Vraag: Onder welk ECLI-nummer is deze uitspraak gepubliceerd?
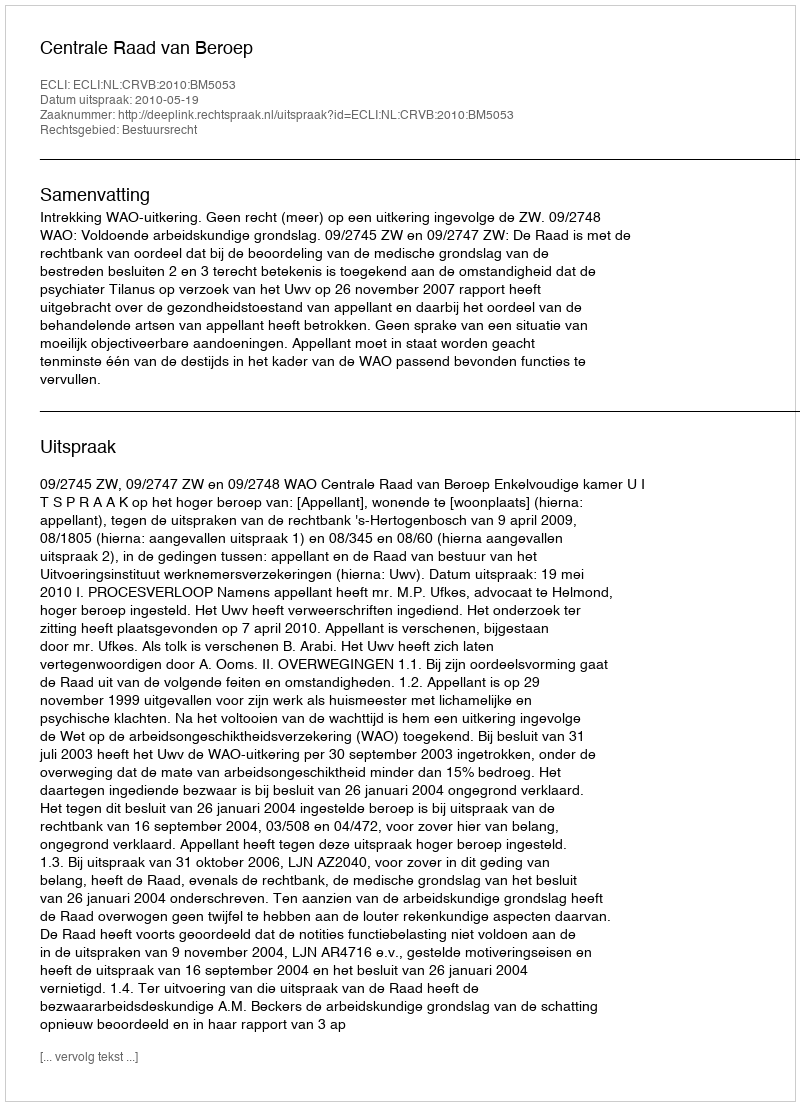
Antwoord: ECLI:NL:CRVB:2010:BM5053